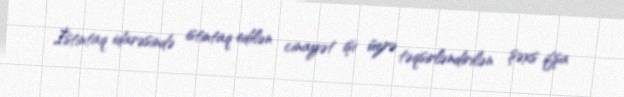
İstintaq idarəsində istintaq edilən cinayət işi üzrə təqsirləndirilən şəxs ifşa